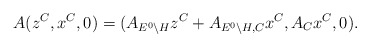
\begin{align*}A(z^C,x^C,0)=(A_{E^0\backslash H}z^C+A_{E^0\backslash H,C}x^C,A_Cx^C,0).\end{align*}